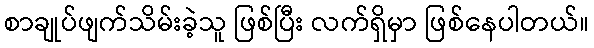
စာချုပ်ဖျက်သိမ်းခဲ့သူ ဖြစ်ပြီး လက်ရှိမှာ ဖြစ်နေပါတယ်။